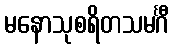
မနောသုစရိတသမင်္ဂီ